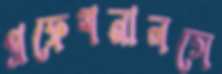
প্রফেশনালসে